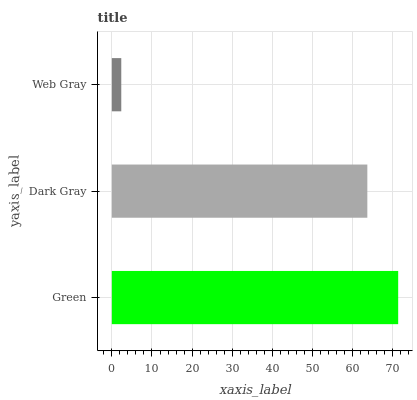
| yaxis_label | bars |
 | --- | --- |
 | Green | 71.3 |
 | Dark Gray | 63.6 |
 | Web Gray | 2.35 |